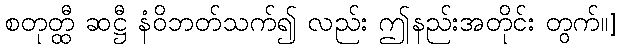
စတုတ္ထီ ဆဋ္ဌီ နံဝိဘတ်သက်၍ လည်း ဤနည်းအတိုင်း တွက်။]